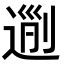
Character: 𨔜